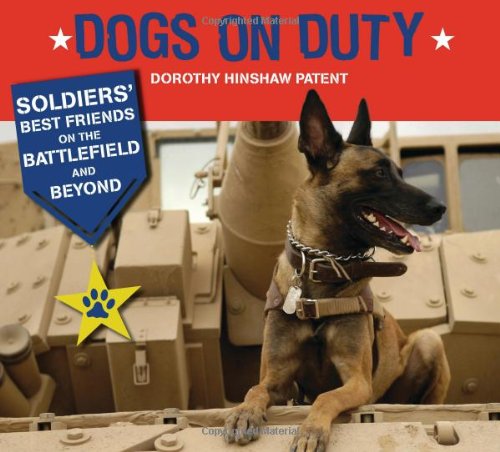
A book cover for Dogs on Duty: Soldiers' Best Friends on the Battlefield and Beyond; Dorothy Hinshaw Patent; Children's Books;